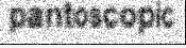
pantoscopic